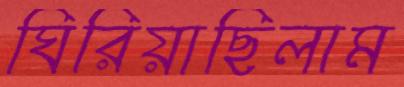
ঘিরিয়াছিলাম